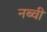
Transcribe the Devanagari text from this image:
नब्वी